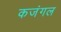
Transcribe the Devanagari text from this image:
कजंगल